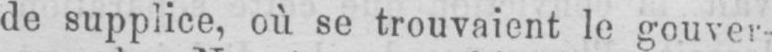
de supplice, où se trouvaient le gouver-